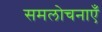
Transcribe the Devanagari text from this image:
समलोचनाएँ